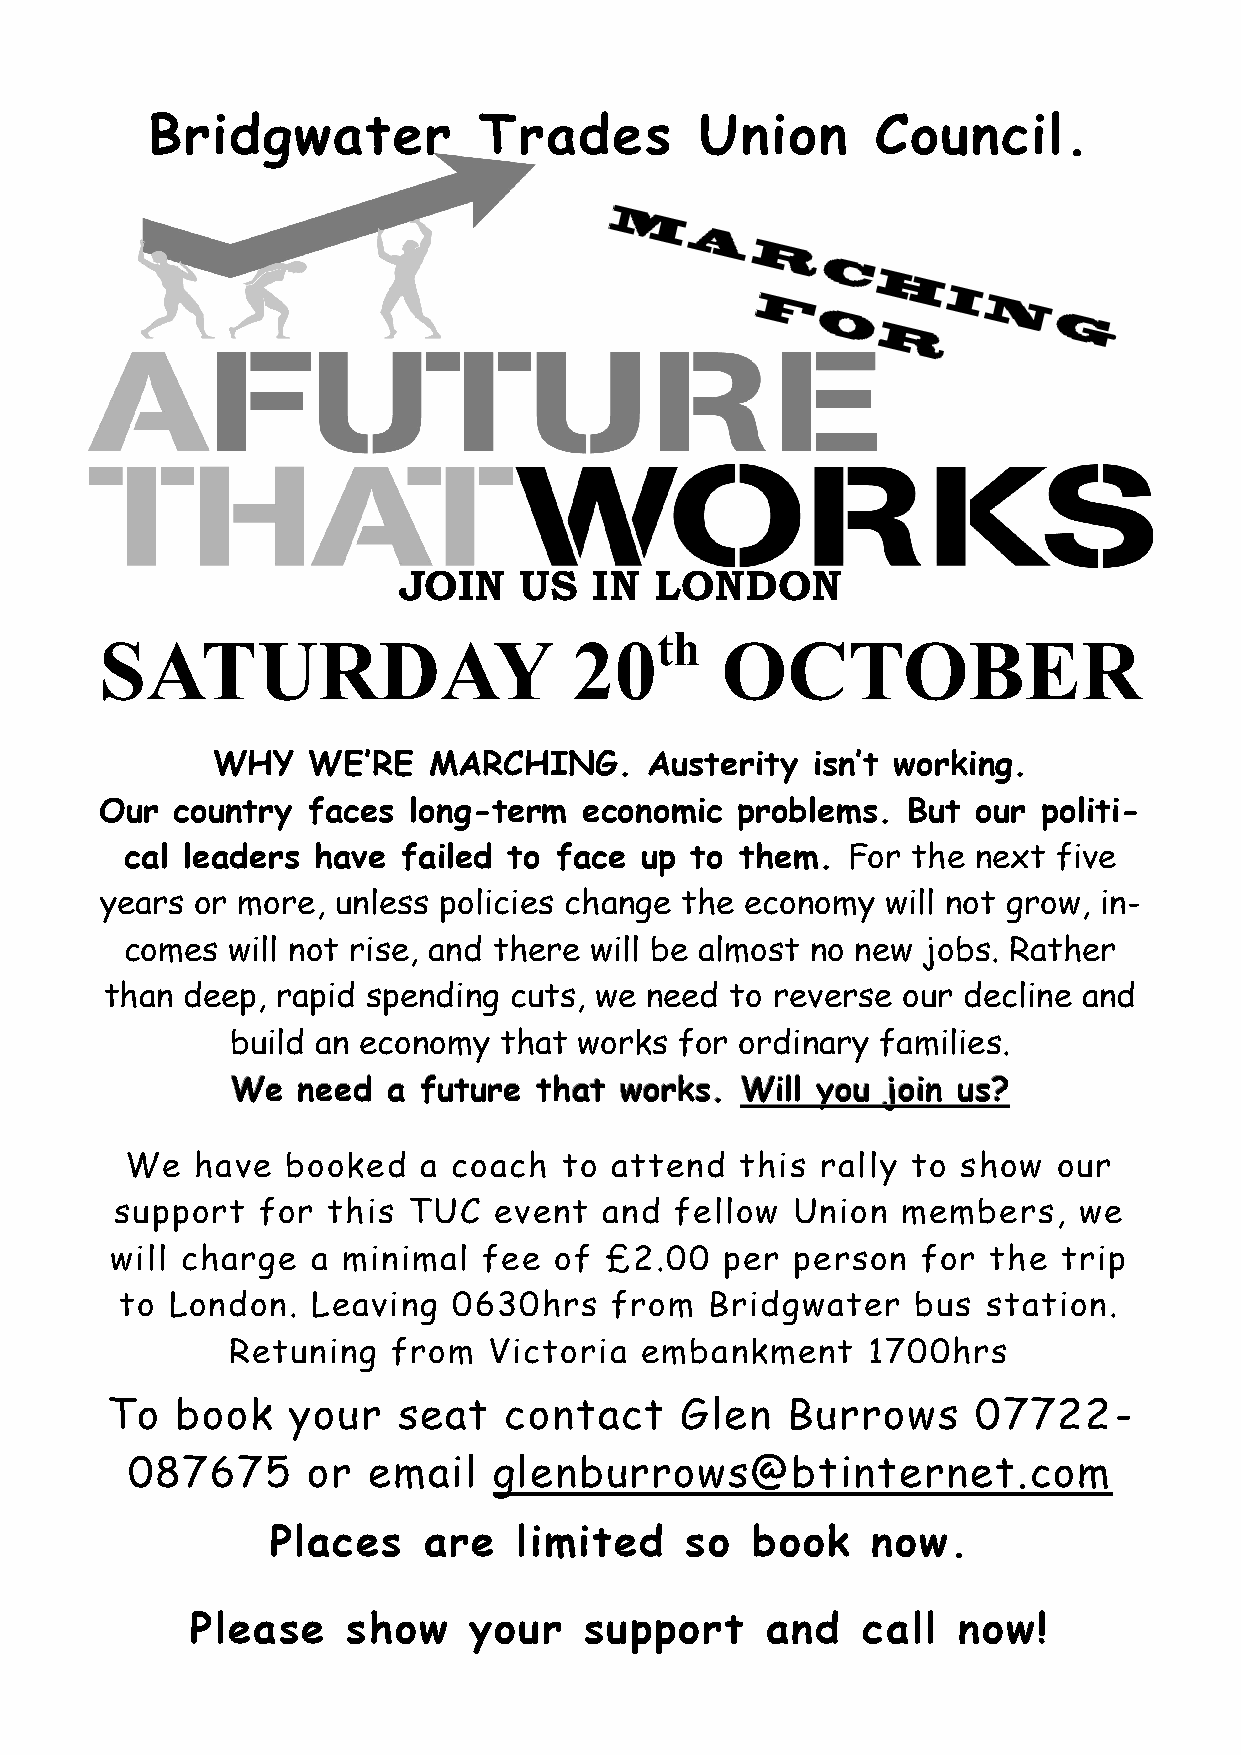
Bridgwater            Trades        Union       Council.
 JOIN    US   IN  LONDON
 SATURDAY                       20th      OCTOBER
 WHY   WE’RE   MARCHING.      Austerity  isn’t working.
 Our country  faces  long-term   economic  problems.  But  our politi-
 cal leaders  have  failed to face up  to them.  For the  next five
 years or more, unless policies change the economy   will not grow, in-
 comes  will not rise, and there will be almost no new jobs. Rather
 than deep, rapid spending  cuts, we need to reverse  our decline and
 build an economy  that works  for ordinary families.
 WWWeee nnneeeeeeddd aaa fffuuutttuuurrreee ttthhhaaattt wwwooorrrkkksss... WWWiiillllll yyyooouuu jjjoooiiinnn uuusss???
 We   have  booked   a coach  to attend   this rally to  show  our
 support  for  this TUC   event  and  fellow Union   members,   we
 will charge   a minimal  fee  of £2.00   per person   for the  trip
 to London.   Leaving  0630hrs   from   Bridgwater   bus  station.
 Retuning   from  Victoria  embankment     1700hrs
 To   book   your   seat   contact     Glen   Burrows      07722-
 087675      or  email    glenburrows@btinternet.com
 Places    are   limited    so   book    now.
 Please    show    your    support     and   call  now!